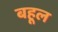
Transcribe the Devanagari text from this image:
बहूल